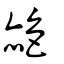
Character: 赩